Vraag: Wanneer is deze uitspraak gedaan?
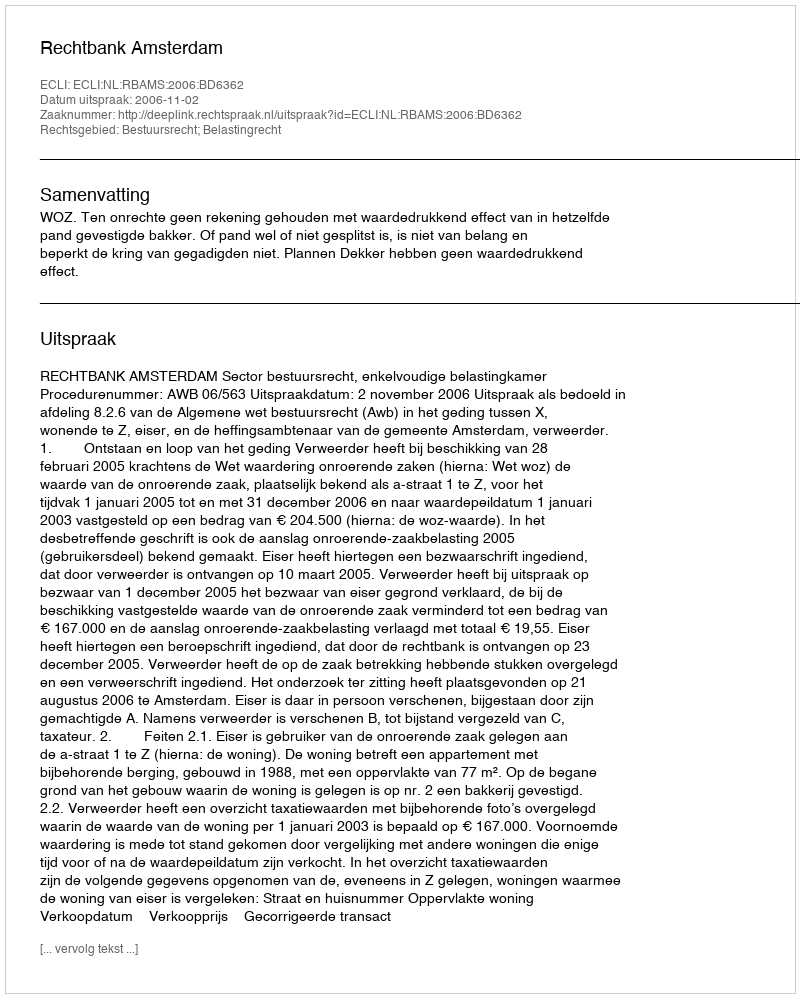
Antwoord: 2006-11-02